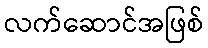
လက်ဆောင်အဖြစ်